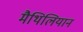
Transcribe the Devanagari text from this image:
मैथिलियान